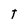
Character: T